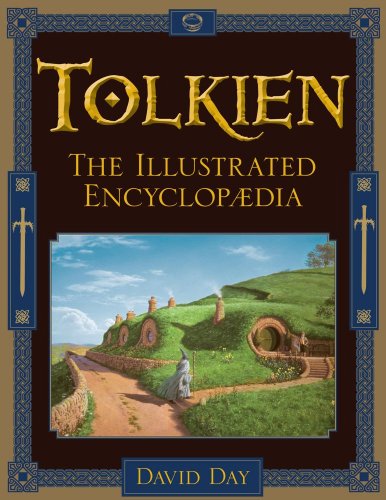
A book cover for Tolkien : The Illustrated Encyclopaedia; David Day; Reference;